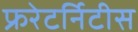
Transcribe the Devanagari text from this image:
फ्ररेटर्निटीस